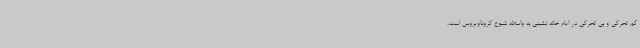
کم تحرکی و بی تحرکی در ایام خانه نشینی به واسطه شیوع کروناویروس است،